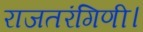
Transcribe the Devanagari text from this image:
राजतरंगिणी।